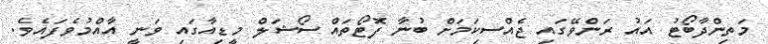
މަތިންދާބޯޓު އައު ރަންވޭގައި ޖެއްސިކަމަށް ބުނާ ފޮޓޯތައް ސޯޝަލް މީޑިއާގައި ވަނީ އާއްމުވެފައެވެ.